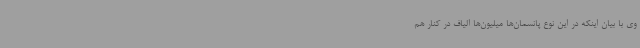
وی با بیان اینکه در این نوع پانسمان‌ها میلیون‌ها الیاف در کنار هم